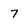
Character: 7